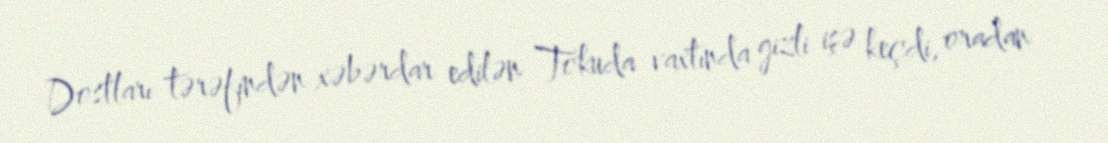
Dostları tərəfindən xəbərdar edilən Tokuda vaxtında gizli işə keçdi, oradan